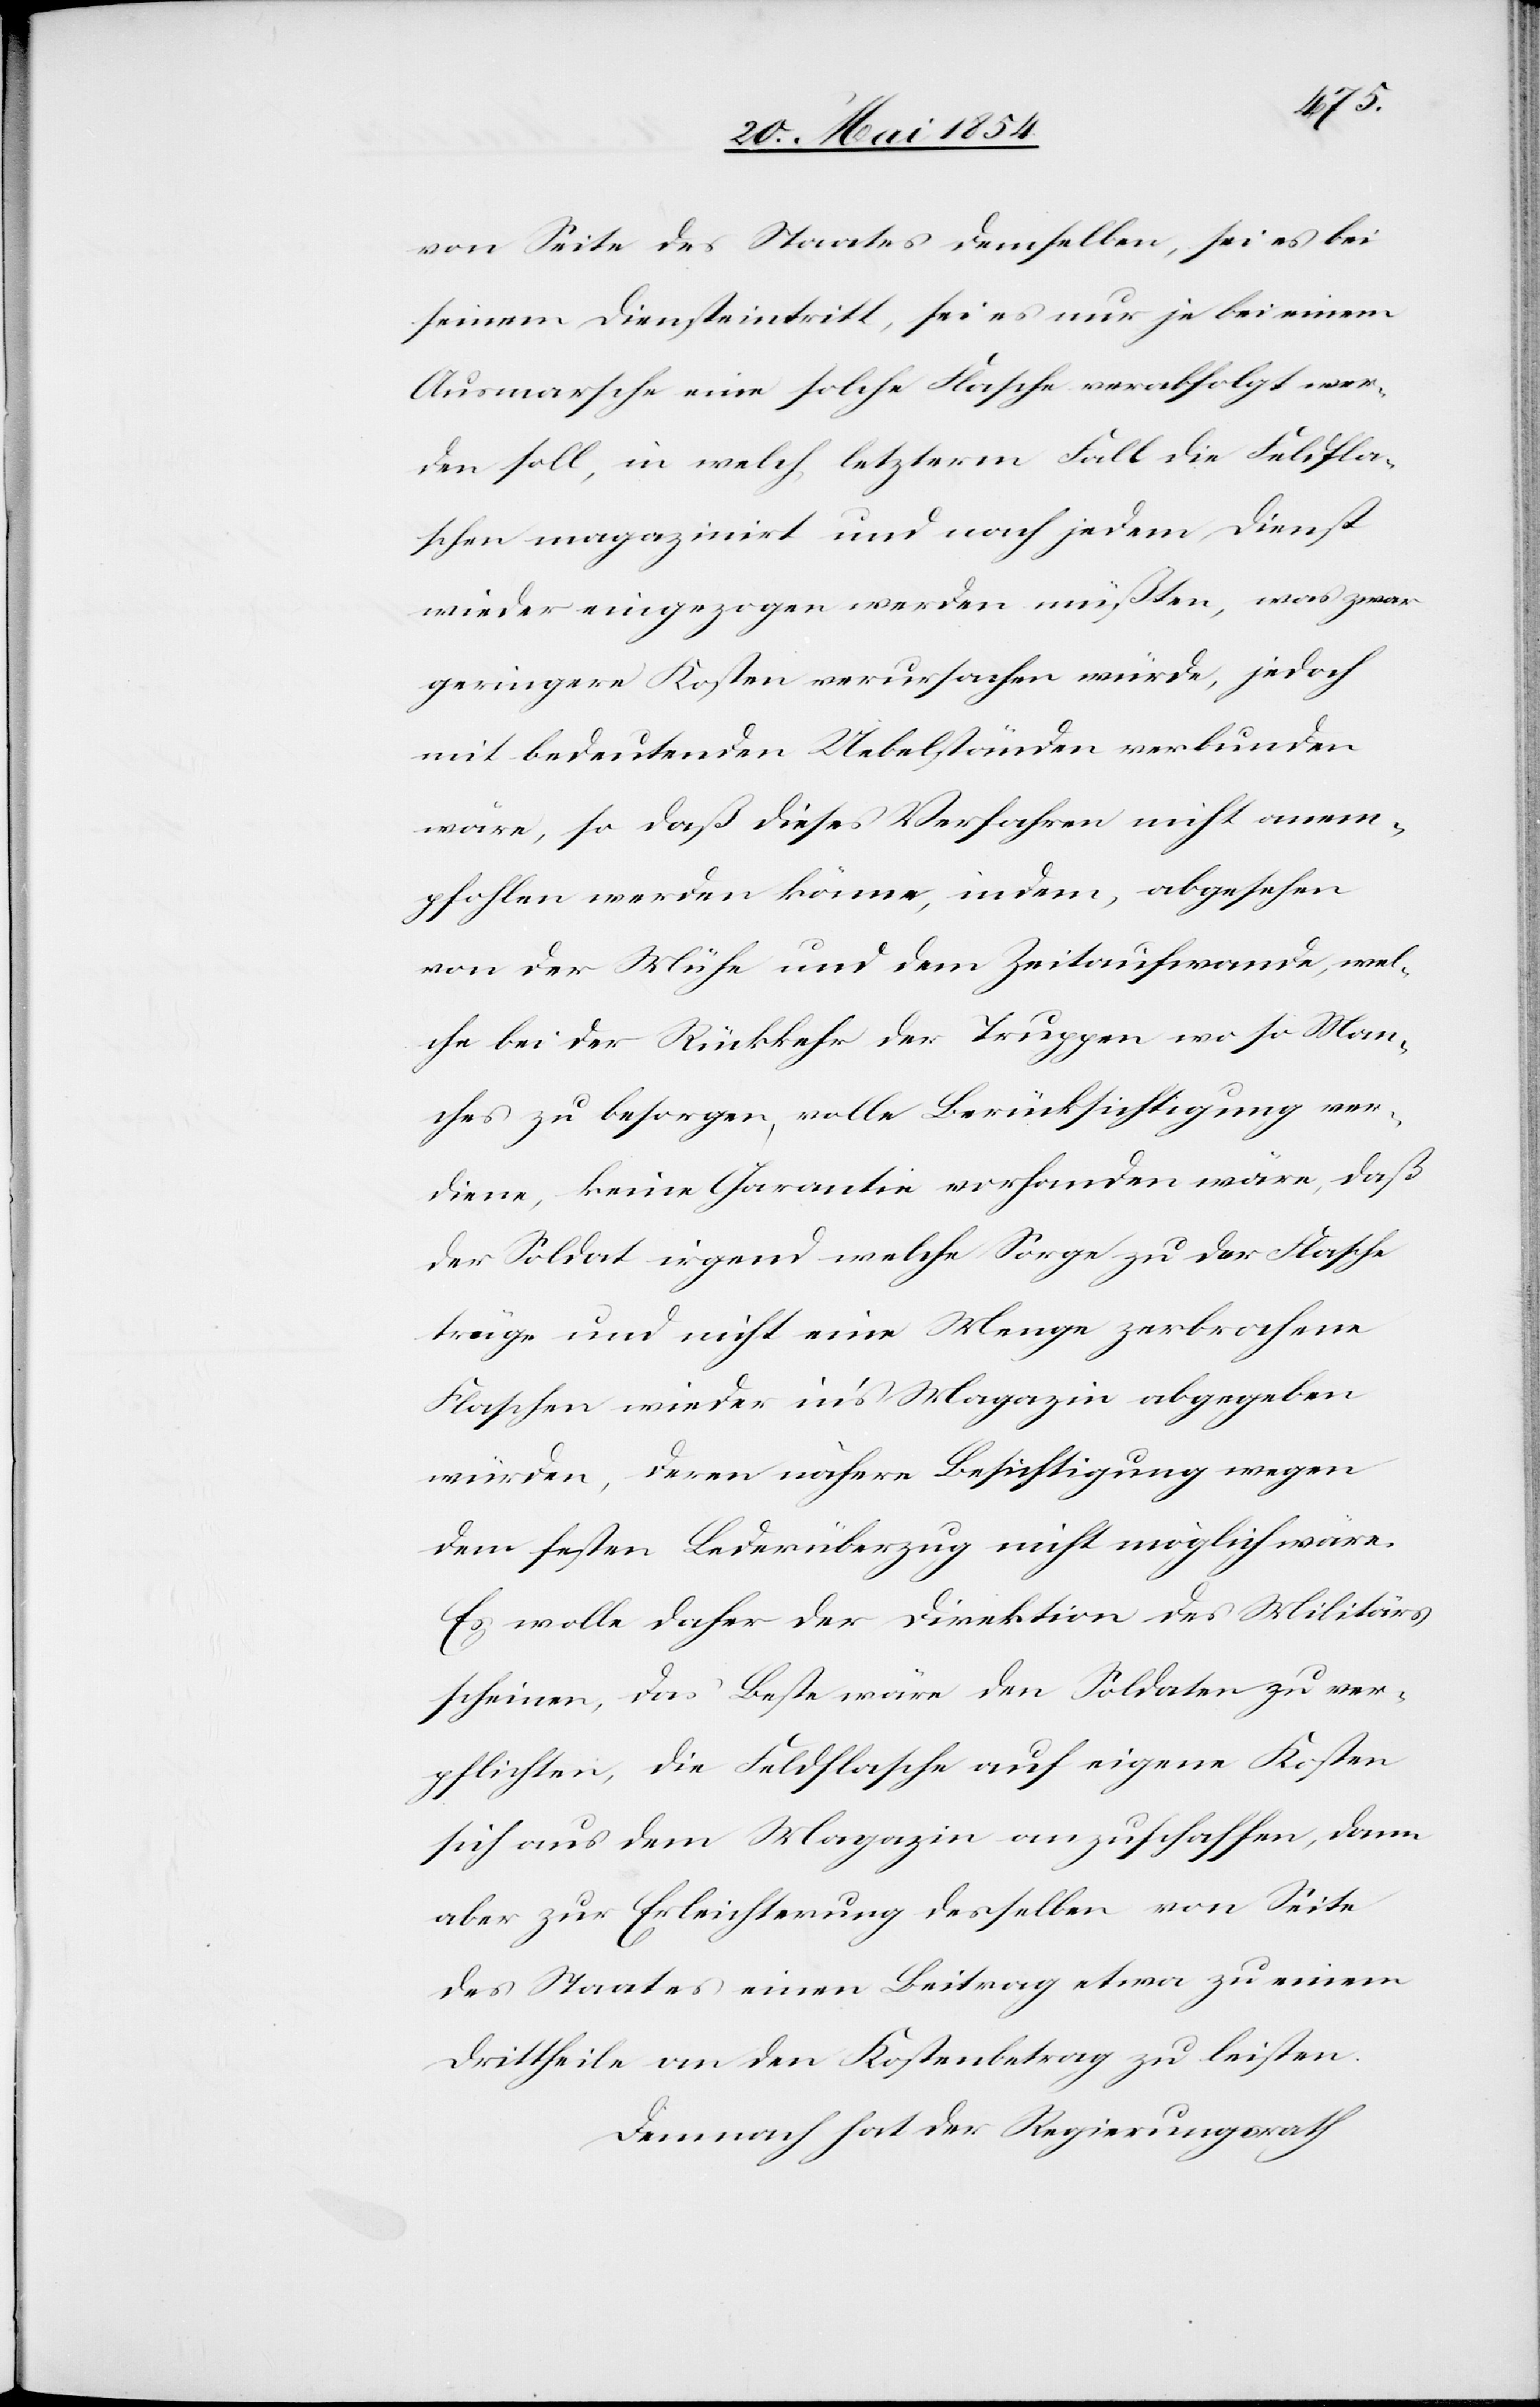
von Seite des Staates demselben, sei es bei
seinem Diensteintritt, sei es nur je bei einem
Ausmarsche eine solche Flasche verabfolgt wer¬
den soll, in welch letzterm Fall die Feldfla¬
schen magazinirt und nach jedem Dienst
wieder eingezogen werden müßten, was zwar
geringe Kosten verursachen würde, jedoch
mit bedeutenden Uebelständen verbunden
wäre, so daß dieses Verfahren nicht em¬
pfohlen werden könne, indem, abgesehen
von der Mühe und dem Zeitaufwande, wel¬
che bei der Rückkehr der Truppen wo so Man¬
ches zu besorgen, volle Berücksichtigung ver¬
diene, keine Garantie vorhanden wäre, daß
der Soldat irgend welche Sorge zu der Flasche
trüge und nicht eine Menge zerbrochene
Flaschen wieder in’s Magazin abgegeben
würden, deren nähere Besichtigung wegen
dem festen Lederüberzug nicht möglich wäre.
Es wolle daher der Direktion des Militärs
scheinen, das Beste wäre den Soldaten zu ver¬
pflichten, die Feldflasche auf eigene Kosten
sich auf dem Magazin anzuschaffen, dann
aber zur Erleichterung desselben von Seite
des Staates einen Beitrag etwas zu einem
Drittheile an den Kostenbetrag zu leisten.
Demnach hat der Regierungsrath